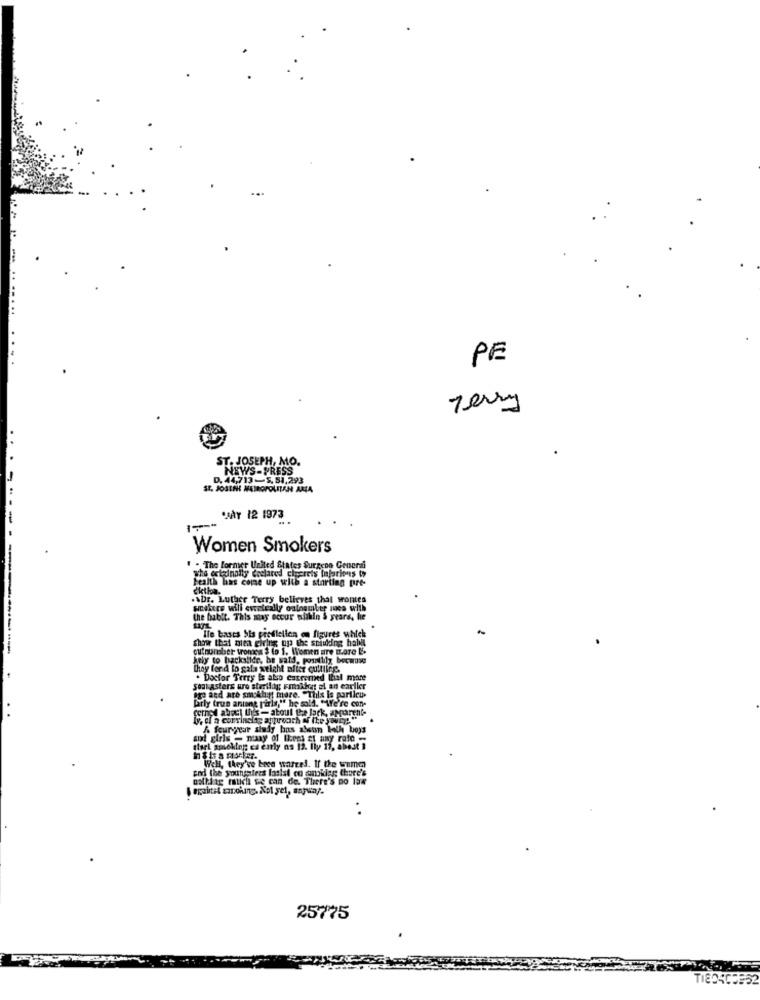
PE
Terry
ST. JOSEPH, MO.
NEWS-PRESS
D. 44,713-5. 81,293
ST. JOSENHE METROPOLITAN AMA
-
.JAY 12 1973
Women Smokers
. The former United States Surgeon Generali
Hainolly declared ciereis Injuriones ty
Fealth has come up with a starting pre-
diction.
-
.ADr. Luther Terry believes that wontes
sichere will ewateally outnumber mes with
the habit. This may occur within S years, he
show that alea giving up the spaulding hall
Ile bases Sis prodlelien on figures which
---
outnumber tromsa $ Io 1. Women ure mare L'.
kolor to hackalice, be said, possibly because
they for d to gafa weight ofice quitting.
. Doctor Terry is also catreried Ihal mare
Seat asters are sterilog smakket of an earlier
ige and are sickhyt mare. "This is particu-
larly true antane parla," he sold. "We're con-
cornel about thy- about the lack, apparent-
and girls - many of Iens at any rate
itsrl smoking es early ns 12. lly 17, abest
cod the youngsters lasist co mutokia; Chure's
Well, they've bree wareed. If the same
nothing ftich se can de. There's no lux
25775
TIED